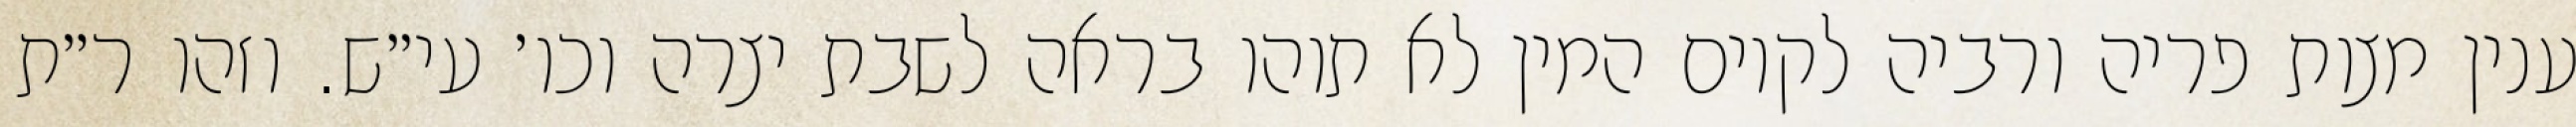
ענין מצות פריה ורביה לקיום המין לא תוהו בראה לשבת יצרה וכו׳ עי״ש. וזהו ר״ת